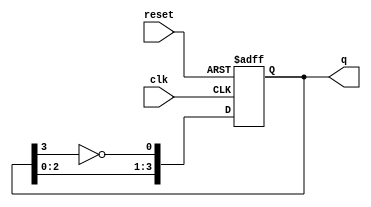
module johnson_counter #(
    parameter N = 4  // Number of flip-flops
)(
    input wire clk,        // Clock signal
    input wire reset,      // Asynchronous reset signal
    output reg [N-1:0] q   // Output state of the counter
);

    // Always block triggered on the rising edge of the clock or when reset
    always @(posedge clk or posedge reset) begin
        if (reset) begin
            q <= 0;  // Reset the counter to 0
        end else begin
            // Johnson counter logic: Shift and feed inverted output of last FF
            q <= {q[N-2:0], ~q[N-1]};
        end
    end

endmodule